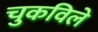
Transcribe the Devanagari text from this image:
चुकविले